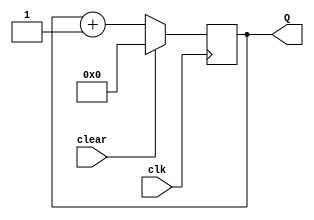
module Counter(Q,clear,clk);
parameter N = 8;
input clk,clear;
output [N-1:0] Q;
reg [N-1:0] count;
always @(posedge clk) begin
    if(clear)count<=0;
    else count<=count+1;
end
assign Q=count;
endmodule
module Comparator(A,B,en,res);
parameter  N= 8;
input[N-1:0] A,B;
input en;
output reg res;
always @(posedge en) begin
    res<=(A>=B)?1:0;
end
endmodule
module subtractor(A,B,en,C);
parameter N =8;
input [N-1:0] A,B;
output reg [N-1:0] C;
input en;
always @(posedge en) begin
    C<=A-B;
end
endmodule
module Shifter(A,B,in_bit,en,ld,clk);
parameter N =16;
input en,in_bit,clk,ld;
input[N-1:0] A;
output[N-1:0] B;
reg[N-1:0] Q;
always @(posedge clk) begin
    if(en)begin
      Q<=ld?A:{Q[N-2:0],in_bit};
    end
end
assign B=Q;
endmodule
module Mux(A,B,in,out);
parameter N = 8;
input[N-1:0] A,B;
output [N-1:0] out;
input in;
assign out=in?A:B;
endmodule
module Output_reg(A,B,in);
parameter N = 8;
input in;
input[N-1:0] A;
output reg[N-1:0] B;
always @(in) begin
    B<=A;
end
endmodule
module Controller(clk,ready,mux_in,shifter_en,Comparator_en,subtractor_en,Comparator_res,shift_bit,count,counter_clr,output_en,sh_ld);
parameter N =8;
parameter clk_cyc = 15;
input clk,Comparator_res,ready;
input[7:0] count;
output reg shifter_en,Comparator_en,subtractor_en,shift_bit,counter_clr,mux_in,output_en,sh_ld;
parameter  S0=2'b00,S1=2'b01,S2=2'b10,S3=2'b11;
reg[1:0] state,next_state;
always @(posedge ready) begin
    state<=S0;
end
always @(posedge clk) begin
    case(state)
    S0:state<=ready?S1:S0;
    S1:state<=S2;
    S2:state<=(count<clk_cyc)?S3:S0;
    S3:state<=(count<clk_cyc)?S2:S0;
    endcase
end
always @(state) begin
  case(state)
  S0:begin counter_clr<=1;shifter_en<=0;Comparator_en<=0;subtractor_en<=0;mux_in<=0;shift_bit<=0;output_en<=1;sh_ld<=0;end
  S1:begin counter_clr<=1;shifter_en<=1;Comparator_en<=0;subtractor_en<=0;mux_in<=0;output_en<=0;sh_ld<=1;end
  S2:begin counter_clr<=0;shifter_en<=0;Comparator_en<=1;subtractor_en<=1;mux_in<=1;output_en<=0;sh_ld<=0;end
  S3:begin shift_bit<=Comparator_res;shifter_en<=1;Comparator_en<=0;subtractor_en<=0;output_en<=0;sh_ld<=0;end
  endcase
end
endmodule
module Divider_S(clk,ready,Divisor,Dividend,Quotient,Reminder);
parameter N = 8;
input [N-1:0] Divisor,Dividend;
input clk,ready;
output[N-1:0] Quotient,Reminder;
wire[2*N-1:0] temp_in,temp_out;
wire[N-1:0] Sub_res,M1_res;
wire [N-1:0] count;
wire mux_in,shifter_en,Comparator_en,Comparator_res,subtractor_en,counter_clr,shift_bit,output_en,sh_ld;
//assign temp_in[7:0]=Dividend;
Counter Coun1(count,counter_clr,clk);
Mux M1(Sub_res,temp_out[2*N-1:N],Comparator_res,M1_res);
Mux M2(M1_res,8'b0,mux_in,temp_in[2*N-1:N]);
Mux M3(temp_out[N-1:0],Dividend,mux_in,temp_in[N-1:0]);
Shifter S1(temp_in,temp_out,shift_bit,shifter_en,sh_ld,clk);
Comparator C1(temp_out[2*N-1:N],Divisor,Comparator_en,Comparator_res);
subtractor Su1(temp_out[2*N-1:N],Divisor,subtractor_en,Sub_res);
Controller Co1(clk,ready,mux_in,shifter_en,Comparator_en,subtractor_en,Comparator_res,shift_bit,count,counter_clr,output_en,sh_ld);
Output_reg O1(temp_in[2*N-1:N],Reminder,output_en);
Output_reg O2(temp_in[N-1:0],Quotient,output_en);
//assign Reminder=output_en?temp_in[15:8]:Reminder;
//assign Quotient=output_en?{temp_in[6:0],Comparator_en}:Quotient;
endmodule